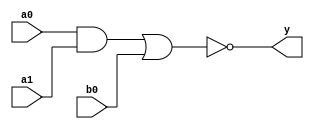
module tri_aoi21(
   y,
   a0,
   a1,
   b0
);
   parameter                      WIDTH = 1;
   parameter                      BTR = "AOI21_X2M_NONE";  //Specify full BTR name, else let tool select
   output [0:WIDTH-1]  y;
   input [0:WIDTH-1]   a0;
   input [0:WIDTH-1]   a1;
   input [0:WIDTH-1]   b0;

   // tri_aoi21
   genvar 	       i;
   wire [0:WIDTH-1]    outA;

   generate
      begin : t
	 for (i = 0; i < WIDTH; i = i + 1)
	   begin : w

	      and I0(outA[i], a0[i], a1[i]);
	      nor I2(y[i], outA[i], b0[i]);

	   end // block: w
      end

   endgenerate
endmodule